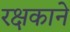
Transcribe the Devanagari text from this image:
रक्षकाने